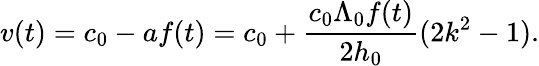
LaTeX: v(t)=c_{0}-af(t)=c_{0}+\frac{c_{0}\Lambda_{0}f(t)}{2h_{0}}(2k^{2}-1).